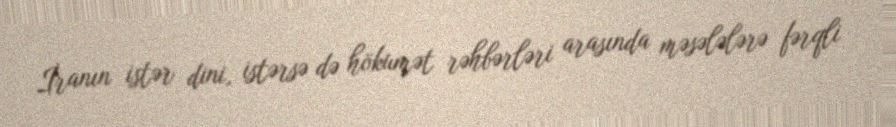
İranın istər dini, istərsə də hökumət rəhbərləri arasında məsələlərə fərqli